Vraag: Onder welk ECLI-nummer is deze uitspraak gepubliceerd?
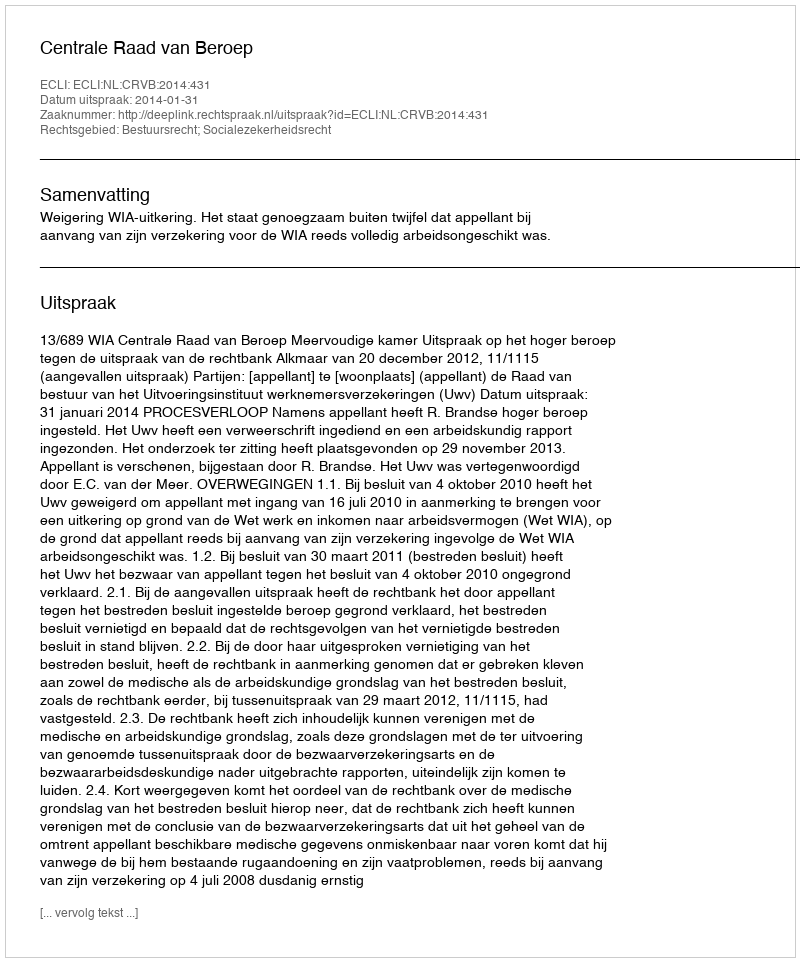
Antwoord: ECLI:NL:CRVB:2014:431